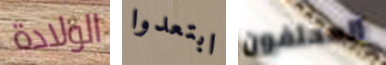
الولادة ابتعدوا المحلفون